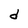
Character: d